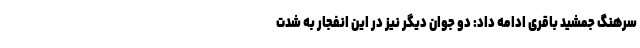
سرهنگ جمشید باقری ادامه داد: دو جوان دیگر نیز در این انفجار به شدت